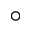
\circ